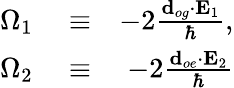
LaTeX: \begin{array}{rlr}{\Omega_{1}}&{{}\equiv}&{-2\frac{\mathbf{d}_{og}\mathbf{\cdot E}_{1}}{\hbar},}\\ {\Omega_{2}}&{{}\equiv}&{-2\frac{\mathbf{d}_{oe}\mathbf{\cdot E}_{2}}{\hbar}}\end{array}